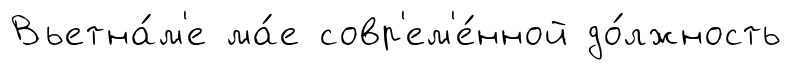
Вьетна́м'е ма́е совр'ем'е́нной до́лжность